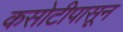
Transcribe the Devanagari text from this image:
कसोटीपासून